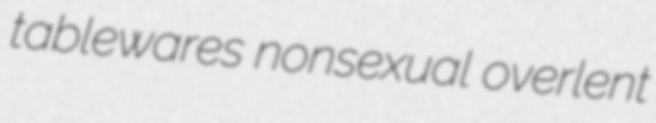
tablewares nonsexual overlent